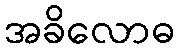
အခိလောဓ